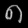
Digit: ၈